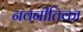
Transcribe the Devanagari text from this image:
नवनीतिका